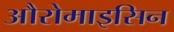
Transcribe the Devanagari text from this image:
औरोमाइसिन